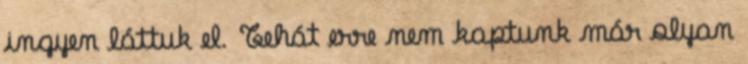
ingyen láttuk el. Tehát erre nem kaptunk már olyan